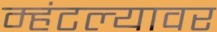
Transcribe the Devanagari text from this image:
म्हंटल्यावर